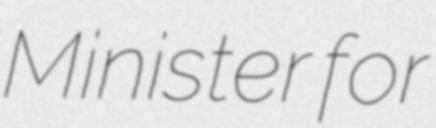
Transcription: Minister for